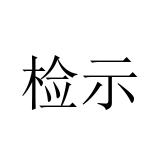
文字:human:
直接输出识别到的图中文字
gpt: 检示